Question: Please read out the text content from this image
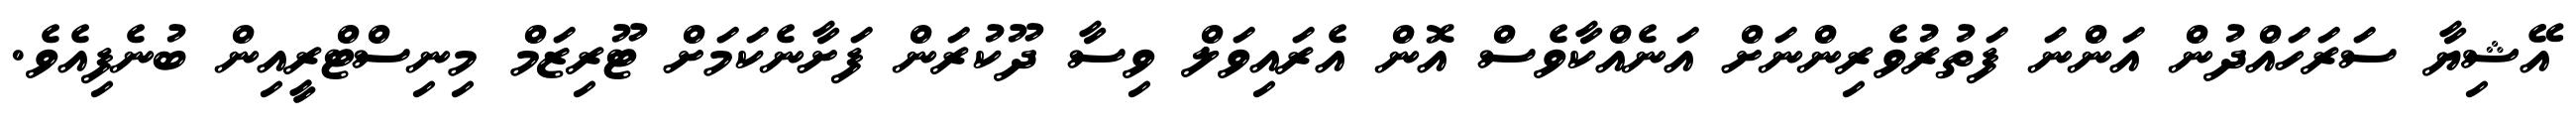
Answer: އޭޝިޔާ ސަރަހައްދުން އަންނަ ފަތުރުވެރިންނަށް އަނެއްކާވެސް އޮން އެރައިވަލް ވިސާ ދޫކުރަން ފަށާނެކަމަށް ޓޫރިޒަމް މިނިސްޓްރީއިން ބުނެފިއެވެ.